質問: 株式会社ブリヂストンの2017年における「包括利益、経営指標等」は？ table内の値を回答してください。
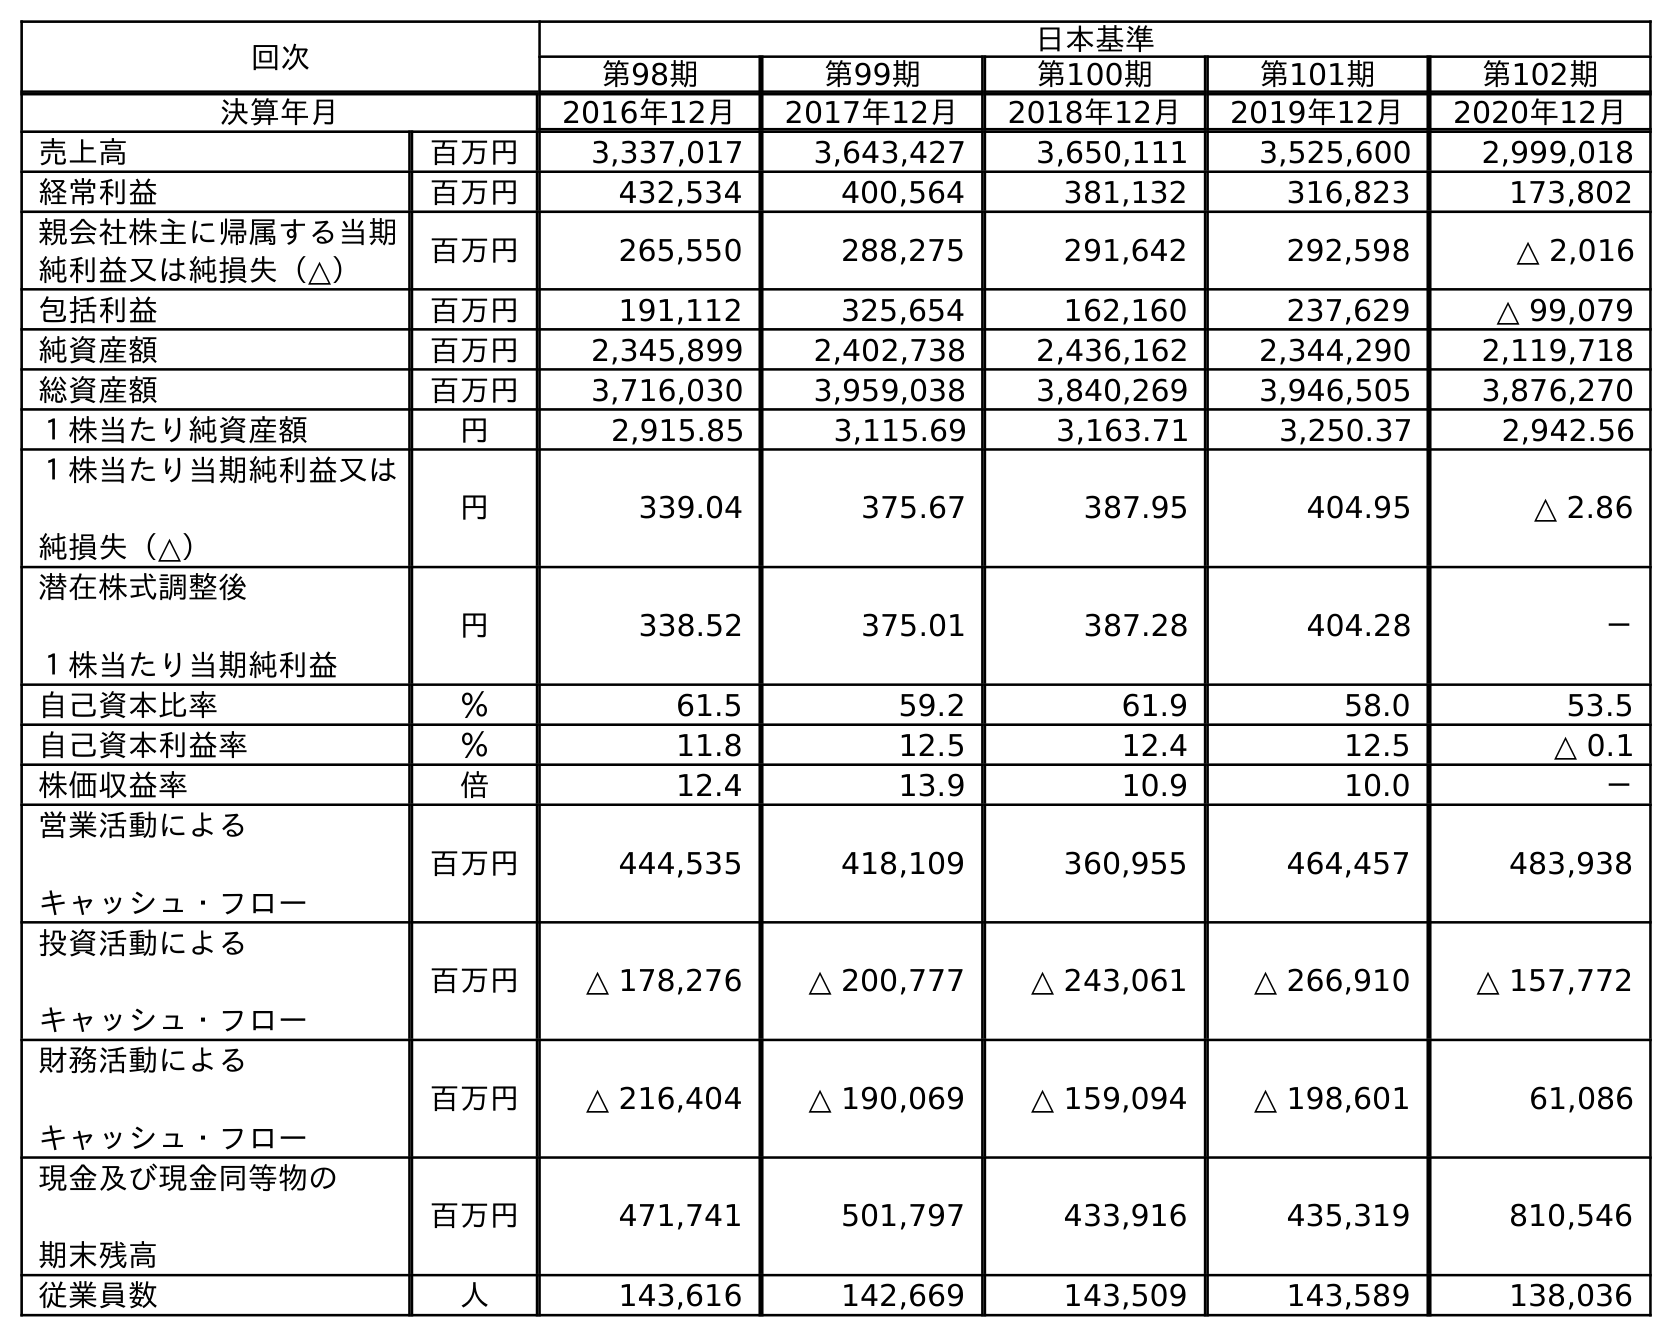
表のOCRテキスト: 回次 日本基準 第98期 第99期 第100期 第101期 第102期 決算年月 2016年12月 2017年12月 2018年12月 2019年12月 2020年12月 売上高 百万円 3,337,017 3,643,427 3,650,111 3,525,600 2,999,018 経常利益 百万円 432,534 400,564 381,132 316,823 173,802 親会社株主に帰属する当期 純利益又は純損失（△） 百万円 265,550 288,275 291,642 292,598 △ 2,016 包括利益 百万円 191,112 325,654 162,160 237,629 △ 99,079 純資産額 百万円 2,345,899 2,402,738 2,436,162 2,344,290 2,119,718 総資産額 百万円 3,716,030 3,959,038 3,840,269 3,946,505 3,876,270 １株当たり純資産額 円 2,915.85 3,115.69 3,163.71 3,250.37 2,942.56 １株当たり当期純利益又は 純損失（△） 円 339.04 375.67 387.95 404.95 △ 2.86 潜在株式調整後 １株当たり当期純利益 円 338.52 375.01 387.28 404.28 － 自己資本比率 ％ 61.5 59.2 61.9 58.0 53.5 自己資本利益率 ％ 11.8 12.5 12.4 12.5 △ 0.1 株価収益率 倍 12.4 13.9 10.9 10.0 － 営業活動による キャッシュ・フロー 百万円 444,535 418,109 360,955 464,457 483,938 投資活動による キャッシュ・フロー 百万円 △ 178,276 △ 200,777 △ 243,061 △ 266,910 △ 157,772 財務活動による キャッシュ・フロー 百万円 △ 216,404 △ 190,069 △ 159,094 △ 198,601 61,086 現金及び現金同等物の 期末残高 百万円 471,741 501,797 433,916 435,319 810,546 従業員数 人 143,616 142,669 143,509 143,589 138,036
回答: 325,654